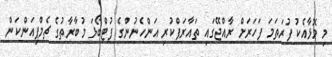
މި މޮޅާއެކު ފުރަތަމަ ފަހަރަށް ރާއްޖޭގައި ތައާރަފްކުރި އަންހެނުންގެ ފުޓްބޯޅަ މުބާރާތުގެ ޗެމްޕިއަންކަން